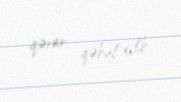
qərar qəbul edib.